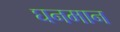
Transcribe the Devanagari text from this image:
घनमान